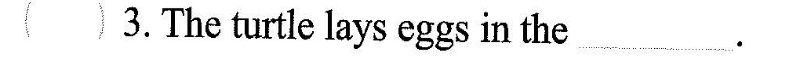
3.The turtle lays eggs in the ___.